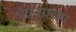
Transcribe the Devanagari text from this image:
ऐकायचंय